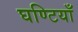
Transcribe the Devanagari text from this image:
घण्टियाँ